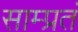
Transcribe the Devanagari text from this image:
साम्प्रतं